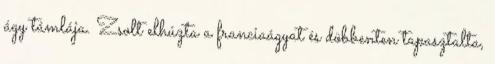
ágy támlája. Zsolt elhúzta a franciaágyat és döbbenten tapasztalta,